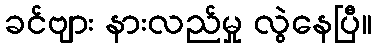
ခင်ဗျား နားလည်မှု လွဲနေပြီ။